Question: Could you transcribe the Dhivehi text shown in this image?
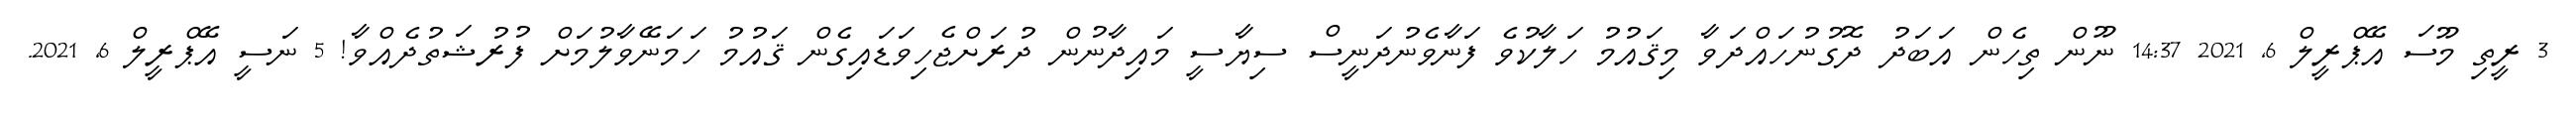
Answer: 3 ރީތި މޫސަ އޭޕްރީލް 6, 2021 14:37 ނޫން ތިހެން އަބަދު ދޮގުނުހައްދަވާ މިޤައުމު ހަލާކުވެ ފަނާވެނުދަނީސް ސިޔާސީ މައިދާނުން ދުރަށްޖެހިވަޑައިގެން ޤައުމު ހަމަނޭވާލުމަށް ފުރުޝަތުދެއްވާ! 5 ނަސީ އޭޕްރީލް 6, 2021.